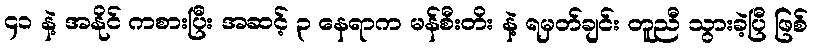
၄၁ နဲ့ အနိုင် ကစားပြီး အဆင့် ၃ နေရာက မန်စီးတိး နဲ့ ရမှတ်ချင်း တူညီ သွားခဲ့ပြီ ဖြစ်